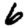
Digit: 6